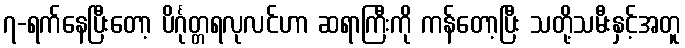
၇-ရက်နေပြီးတော့ ပိင်္ဂုတ္တရလုလင်ဟာ ဆရာကြီးကို ကန်တော့ပြီး သတို့သမီးနှင့်အတူ